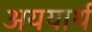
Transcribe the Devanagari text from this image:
अययार्थ